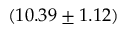
( 1 0 . 3 9 \pm 1 . 1 2 ) \